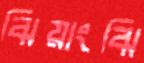
ঝিয়াংঝি